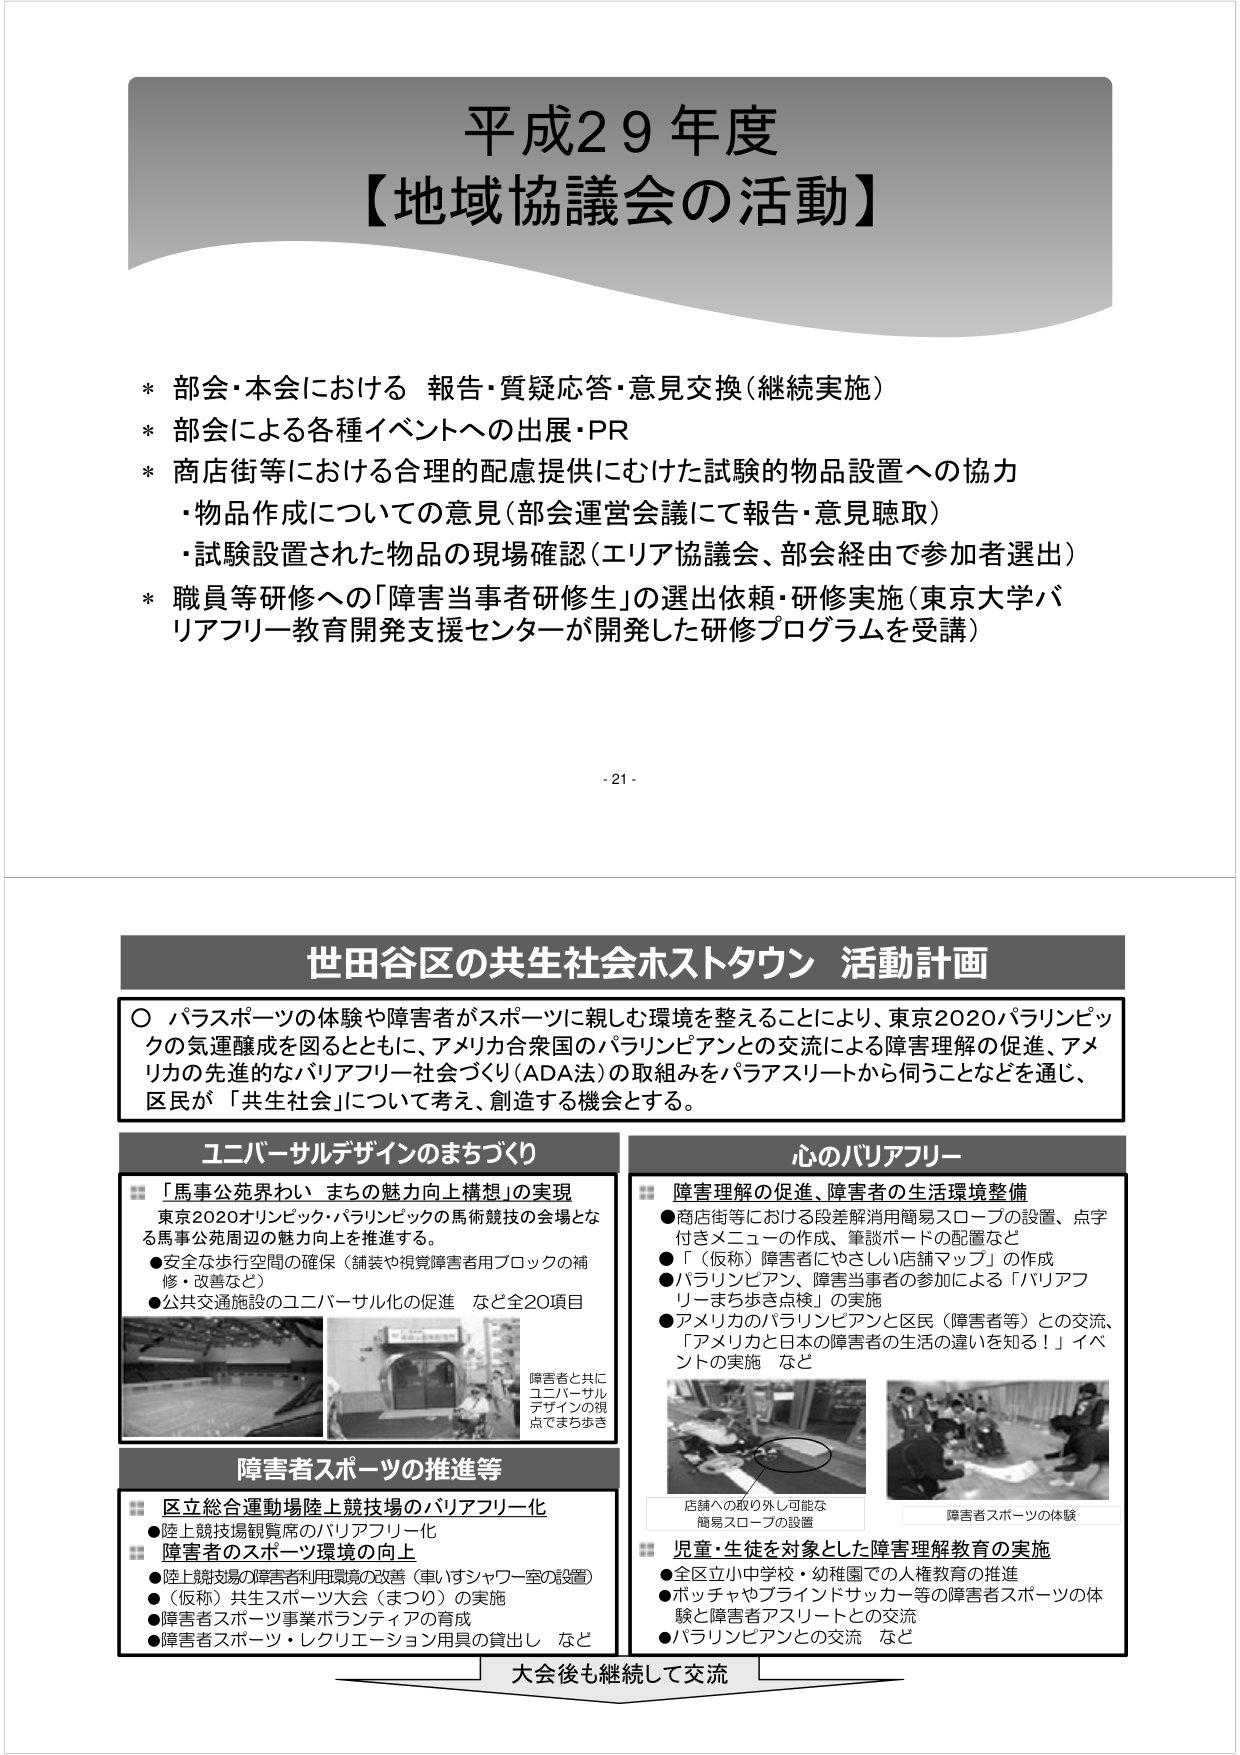
平成29年度
【地域協議会の活動】

* 部会・本会における 報告・質疑応答・意見交換（継続実施）
* 部会による各種イベントへの出展・PR
* 商店街等における合理的配慮提供にむけた試験的物品設置への協力
　・物品作成についての意見（部会運営会議にて報告・意見聴取）
　・試験設置された物品の現場確認（エリア協議会、部会経由で参加者選出）
* 職員等研修への「障害当事者研修生」の選出依頼・研修実施（東京大学バリアフリー教育開発支援センターが開発した研修プログラムを受講）

- 21 -

世田谷区の共生社会ホストタウン 活動計画

〇 パラスポーツの体験や障害者がスポーツに親しむ環境を整えることにより、東京2020パラリンピックの気運醸成を図るとともに、アメリカ合衆国のパラリンピアンとの交流による障害理解の促進、アメリカの先進的なバリアフリー社会づくり（ADA法）の取組みをパラアスリートから伺うことなどを通じ、区民が「共生社会」について考え、創造する機会とする。

ユニバーサルデザインのまちづくり
■ 「馬事公苑界わい まちの魅力向上構想」の実現
　東京2020オリンピック・パラリンピックの馬術競技の会場となる馬事公苑周辺の魅力向上を推進する。
　●安全な歩行空間の確保（舗装や視覚障害者用ブロックの補修・改善など）
　●公共交通施設のユニバーサル化の促進 など全20項目

障害者と共に
ユニバーサル
デザインの視
点でまちあき

心のバリアフリー
■ 障害理解の促進、障害者の生活環境整備
　●商店街等における段差解消用簡易スロープの設置、点字付きメニューの作成、筆談ボードの配置など
　●「（仮称）障害者にやさしい店舗マップ」の作成
　●パラリンピアン、障害当事者の参加による「バリアフリーまち歩き点検」の実施
　●アメリカのパラリンピアンと区民（障害者等）との交流、「アメリカと日本の障害者の生活の違いを知る！」イベントの実施 など

店舗への取り外し可能な
簡易スロープの設置
障害者スポーツの体験

障害者スポーツの推進等
■ 区立総合運動場陸上競技場のバリアフリー化
　●陸上競技場観覧席のバリアフリー化
■ 障害者のスポーツ環境の向上
　●陸上競技場の障害者利用環境の改善（車いすシャワー室の設置）
　●（仮称）共生スポーツ大会（まつり）の実施
　●障害者スポーツ事業ボランティアの育成
　●障害者スポーツ・レクリエーション用具の貸出し など

■ 児童・生徒を対象とした障害理解教育の実施
　●全区立小中学校・幼稚園での人権教育の推進
　●ボッチャやブラインドサッカー等の障害者スポーツの体験と障害者アスリートとの交流
　●パラリンピアンとの交流 など

大会後も継続して交流